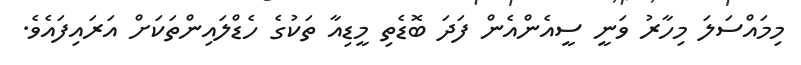
މިމައްސަލަ މިހާރު ވަނީ ސީއެންއެން ފަދަ ބޮޑެތި މީޑިއާ ތަކުގެ ހެޑްލައިންތަކަށް އަރައިފައެވެ.